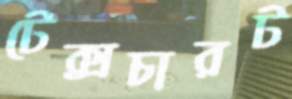
টেক্সচারট